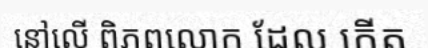
នៅលើ ពិភពលោក ដែល កើត